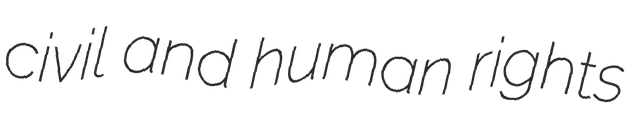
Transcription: civil and human rights